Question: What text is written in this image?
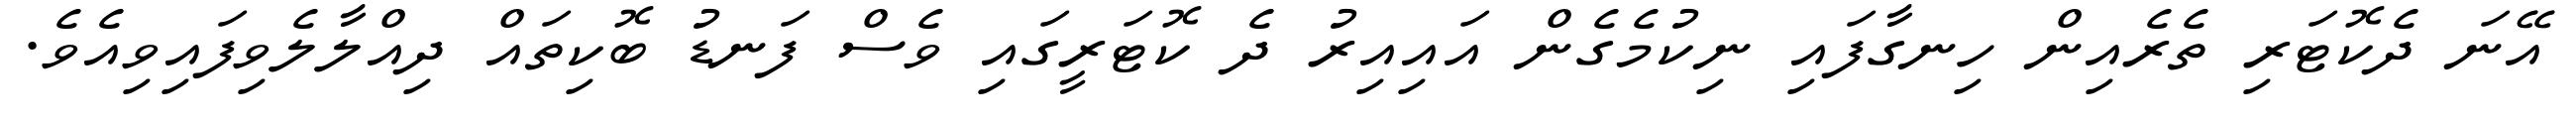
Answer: އޭނަ ދެކޮޓަރި ތެރެއިން ހިނގާފައި ނިކުމެގެން އައިއިރު ދެ ކޮޓަރީގައި ވެސް ފަނޑު ބޮކިތައް ދިއްލާލެވިފައިވިއެވެ.